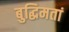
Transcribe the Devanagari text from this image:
बुद्धिमतां